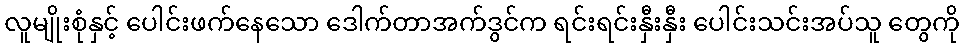
လူမျိုးစုံနှင့် ပေါင်းဖက်နေသော ဒေါက်တာအက်ဒွင်က ရင်းရင်းနှီးနှီး ပေါင်းသင်းအပ်သူ တွေကို